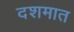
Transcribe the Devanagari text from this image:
दशमात